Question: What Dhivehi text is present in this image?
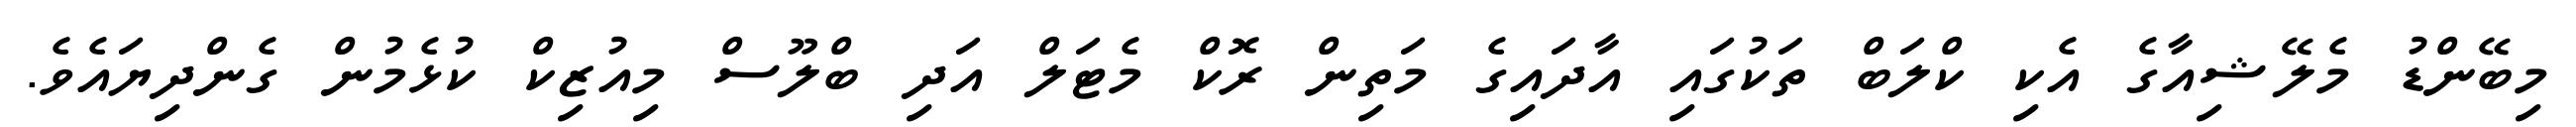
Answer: މިބޭންޑު މެލޭޝިއާގެ އެކި ކްލަބް ތަކުގައި އާދައިގެ މަތިން ރޮކް މެޓަލް އަދި ބްލޫސް މިއުޒިކް ކުޅެމުން ގެންދިޔައެވެ.